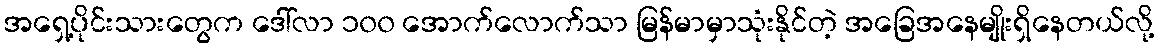
အရှေ့ပိုင်းသားတွေက ဒေါ်လာ ၁၀၀ အောက်လောက်သာ မြန်မာမှာသုံးနိုင်တဲ့ အခြေအနေမျိုးရှိနေတယ်လို့